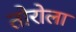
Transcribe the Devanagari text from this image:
तोरोला